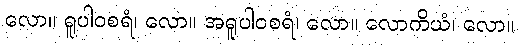
လော။ ရူပါဝစရံ၊ လော။ အရူပါဝစရံ၊ လော။ လောကိယံ၊ လော။